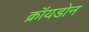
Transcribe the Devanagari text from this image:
क्रॉयडोन